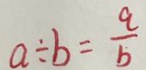
a \div b = \frac { a } { b }